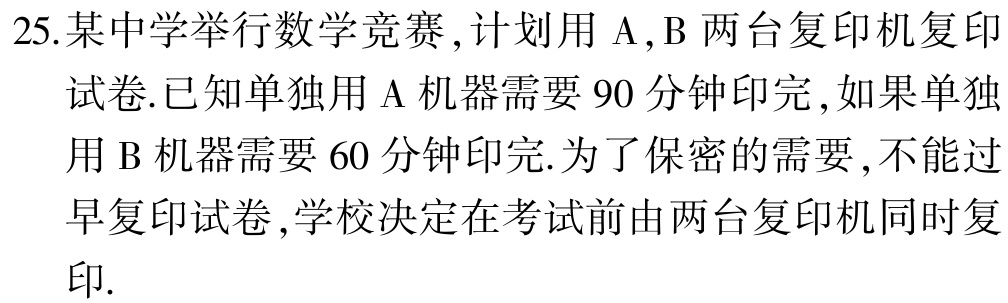
25. 某中学举行数学竞赛, 计划用 $\mathrm{A},\mathrm{B}$ 两台复印机复印试卷.已知单独用 $\mathrm{A}$ 机器需要 $90$ 分钟印完, 如果单独用 $\mathrm{B}$ 机器需要 $60$ 分钟印完.为了保密的需要, 不能过早复印试卷, 学校决定在考试前由两台复印机同时复印.